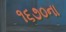
૧૬૭૦ના